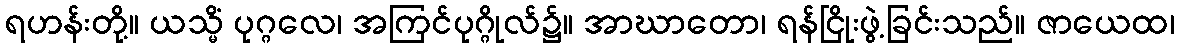
ရဟန်းတို့။ ယသ္မိံ ပုဂ္ဂလေ၊ အကြင်ပုဂ္ဂိုလ်၌။ အာဃာတော၊ ရန်ငြိုးဖွဲ့ခြင်းသည်။ ဇာယေထ၊